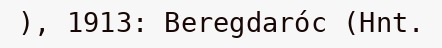
), 1913: Beregdaróc (Hnt.